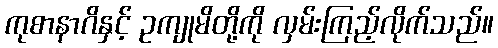
ကုစာနာဂိနှင့် ဥကျုမိတို့ကို လှမ်းကြည့်လိုက်သည်။